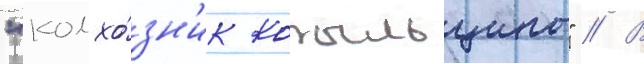
"колхо́зн'ик копыльщины" // В